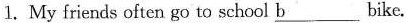
1. My friends often go to school \underline{b} bike.